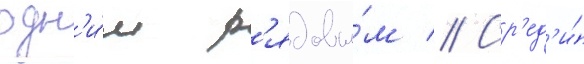
одн'и́м р'ядовы́м // Ср'ед'и́